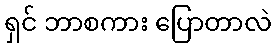
ရှင် ဘာစကား ပြောတာလဲ